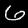
Label: 6